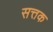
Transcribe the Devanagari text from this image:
सत्तक